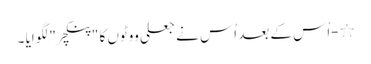
٭-اُس کے بعد اُس نے جعلی ووٹوں کا "پنکچر " لگوایا ۔